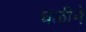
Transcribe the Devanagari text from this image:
घळीने